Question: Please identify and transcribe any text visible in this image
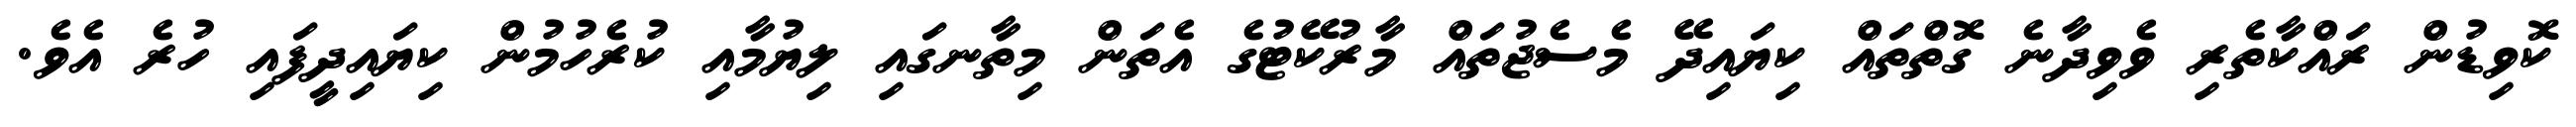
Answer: ކޮވިޑުން ރައްކާތެރި ވެވިދާނެ ގޮތްތައް ކިޔައިދޭ މެސެޖުތައް މާރުކޭޓުގެ އެތަން މިތާނގައި ލިޔުމާއި ކުރެހުމުން ކިޔައިދީފައި ހުރެ އެވެ.